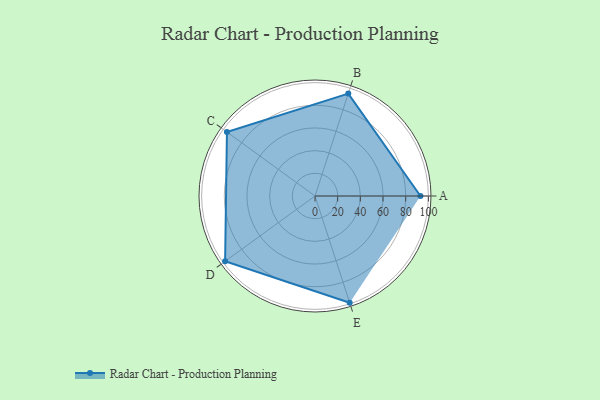
{"axis": {"x": "Skill", "y": "Score"}, "legend": ["Profile"], "data": [{"x": "A", "y": 93.0, "type": "Profile"}, {"x": "B", "y": 95.0, "type": "Profile"}, {"x": "C", "y": 96.0, "type": "Profile"}, {"x": "D", "y": 98.0, "type": "Profile"}, {"x": "E", "y": 99, "type": "Profile"}]}